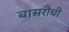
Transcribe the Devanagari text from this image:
बासरीची